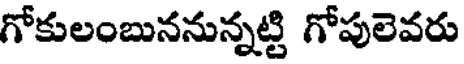
గోకులంబుననున్నట్టి గోపులెవరు